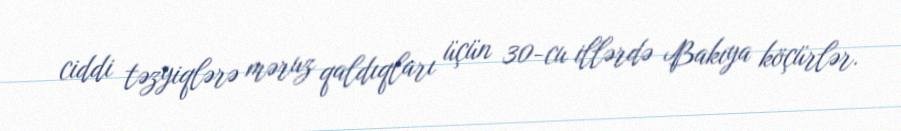
ciddi təzyiqlərə məruz qaldıqları üçün 30-cu illərdə Bakıya köçürlər.